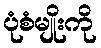
ပုံစံမျိုးကို